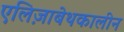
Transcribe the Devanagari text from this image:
एलिज़ाबेथकालीन